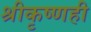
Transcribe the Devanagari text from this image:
श्रीकृष्णही